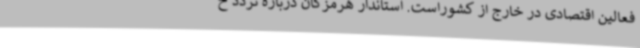
فعالین اقتصادی در خارج از کشوراست. استاندار هرمزگان درباره تردد خ